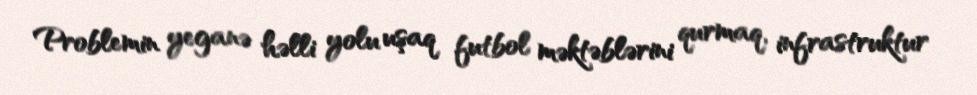
Problemin yeganə həlli yolu uşaq futbol məktəblərini qurmaq, infrastruktur